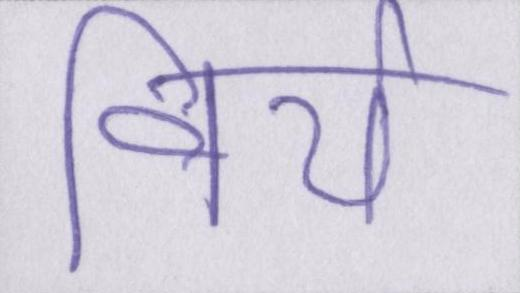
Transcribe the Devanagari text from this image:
वीर्य